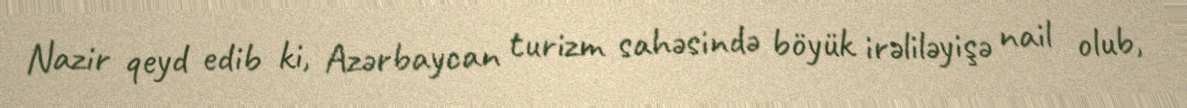
Nazir qeyd edib ki, Azərbaycan turizm sahəsində böyük irəliləyişə nail olub,